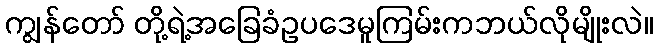
ကျွန်တော် တို့ရဲ့အခြေခံဥပဒေမူကြမ်းကဘယ်လိုမျိုးလဲ။